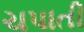
ચપાતી